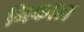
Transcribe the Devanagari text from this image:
निकाल